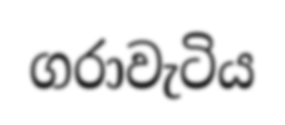
ගරාවැටිය